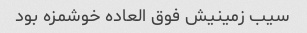
سیب زمینیش فوق العاده خوشمزه بود